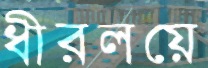
ধীরলয়ে